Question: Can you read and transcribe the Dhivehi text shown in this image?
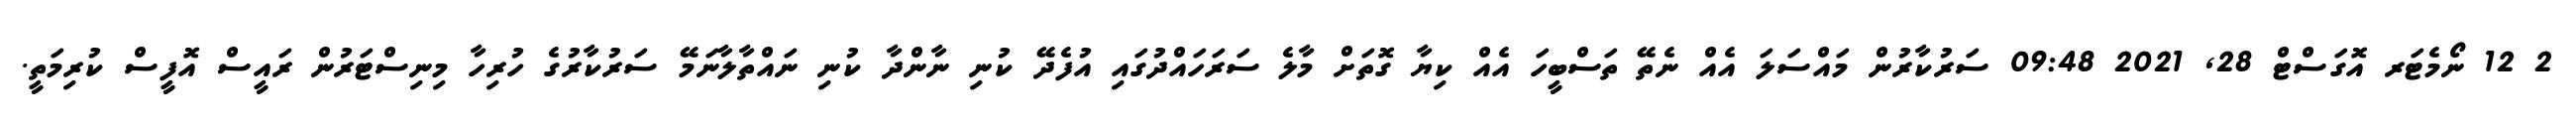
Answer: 2 12 ނޯމެޓަރ އޮގަސްޓް 28, 2021 09:48 ސަރުކާރުން މައްސަލަ އެއް ނެތޭ ތަސްބީހަ އެއް ކިޔާ ގޮތަށް މާލެ ސަރަހައްދުގައި އުފެދޭ ކުނި ނާންދާ ކުނި ނައްތާލާނަމޭ ސަރުކާރުގެ ހުރިހާ މިނިސްޓަރުން ރައީސް އޮފީސް ކުރިމަތީ.